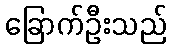
ခြောက်ဦးသည်